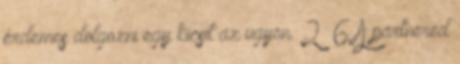
érdemes dolgozni egy kicsit az ügyön. 2 6 A partnered